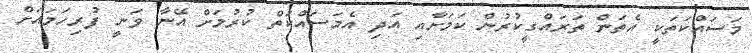
މަސައްކަތަކީ އެތަން ތަރައްގީކުރުން ކަމަށާއި އަދި އެމަސައްކަތް ކުރުމަށް އޭނާ ވަނީ ފުރިހަމައަށް